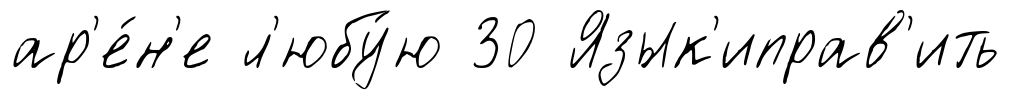
ар'е́н'е л'юбу́ю 30 Язык'иправ'ить